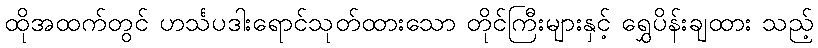
ထိုအထက်တွင် ဟင်္သပဒါးရောင်သုတ်ထားသော တိုင်ကြီးများနှင့် ရွှေပိန်းချထား သည့်